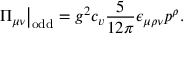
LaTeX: \Pi _ { \mu \nu } \big | _ { \mathrm { o d d } } = g ^ { 2 } c _ { v } \frac { 5 } { 1 2 \pi } \epsilon _ { \mu \rho \nu } p ^ { \rho } .